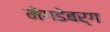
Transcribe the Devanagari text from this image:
मेगडेबर्ग